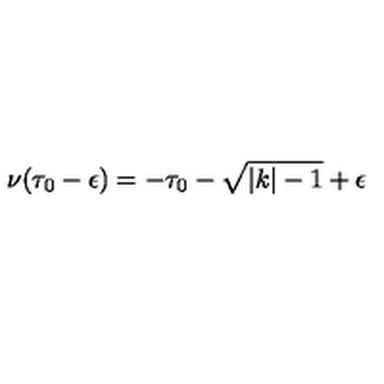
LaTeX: \nu ( \tau _ { 0 } - \epsilon ) = - \tau _ { 0 } - \sqrt { \vert k \vert - 1 } + \epsilon